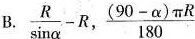
B. $$\frac{R}{ \sin \alpha }-R$$ , \frac{(90- \alpha ) \pi R}{180}